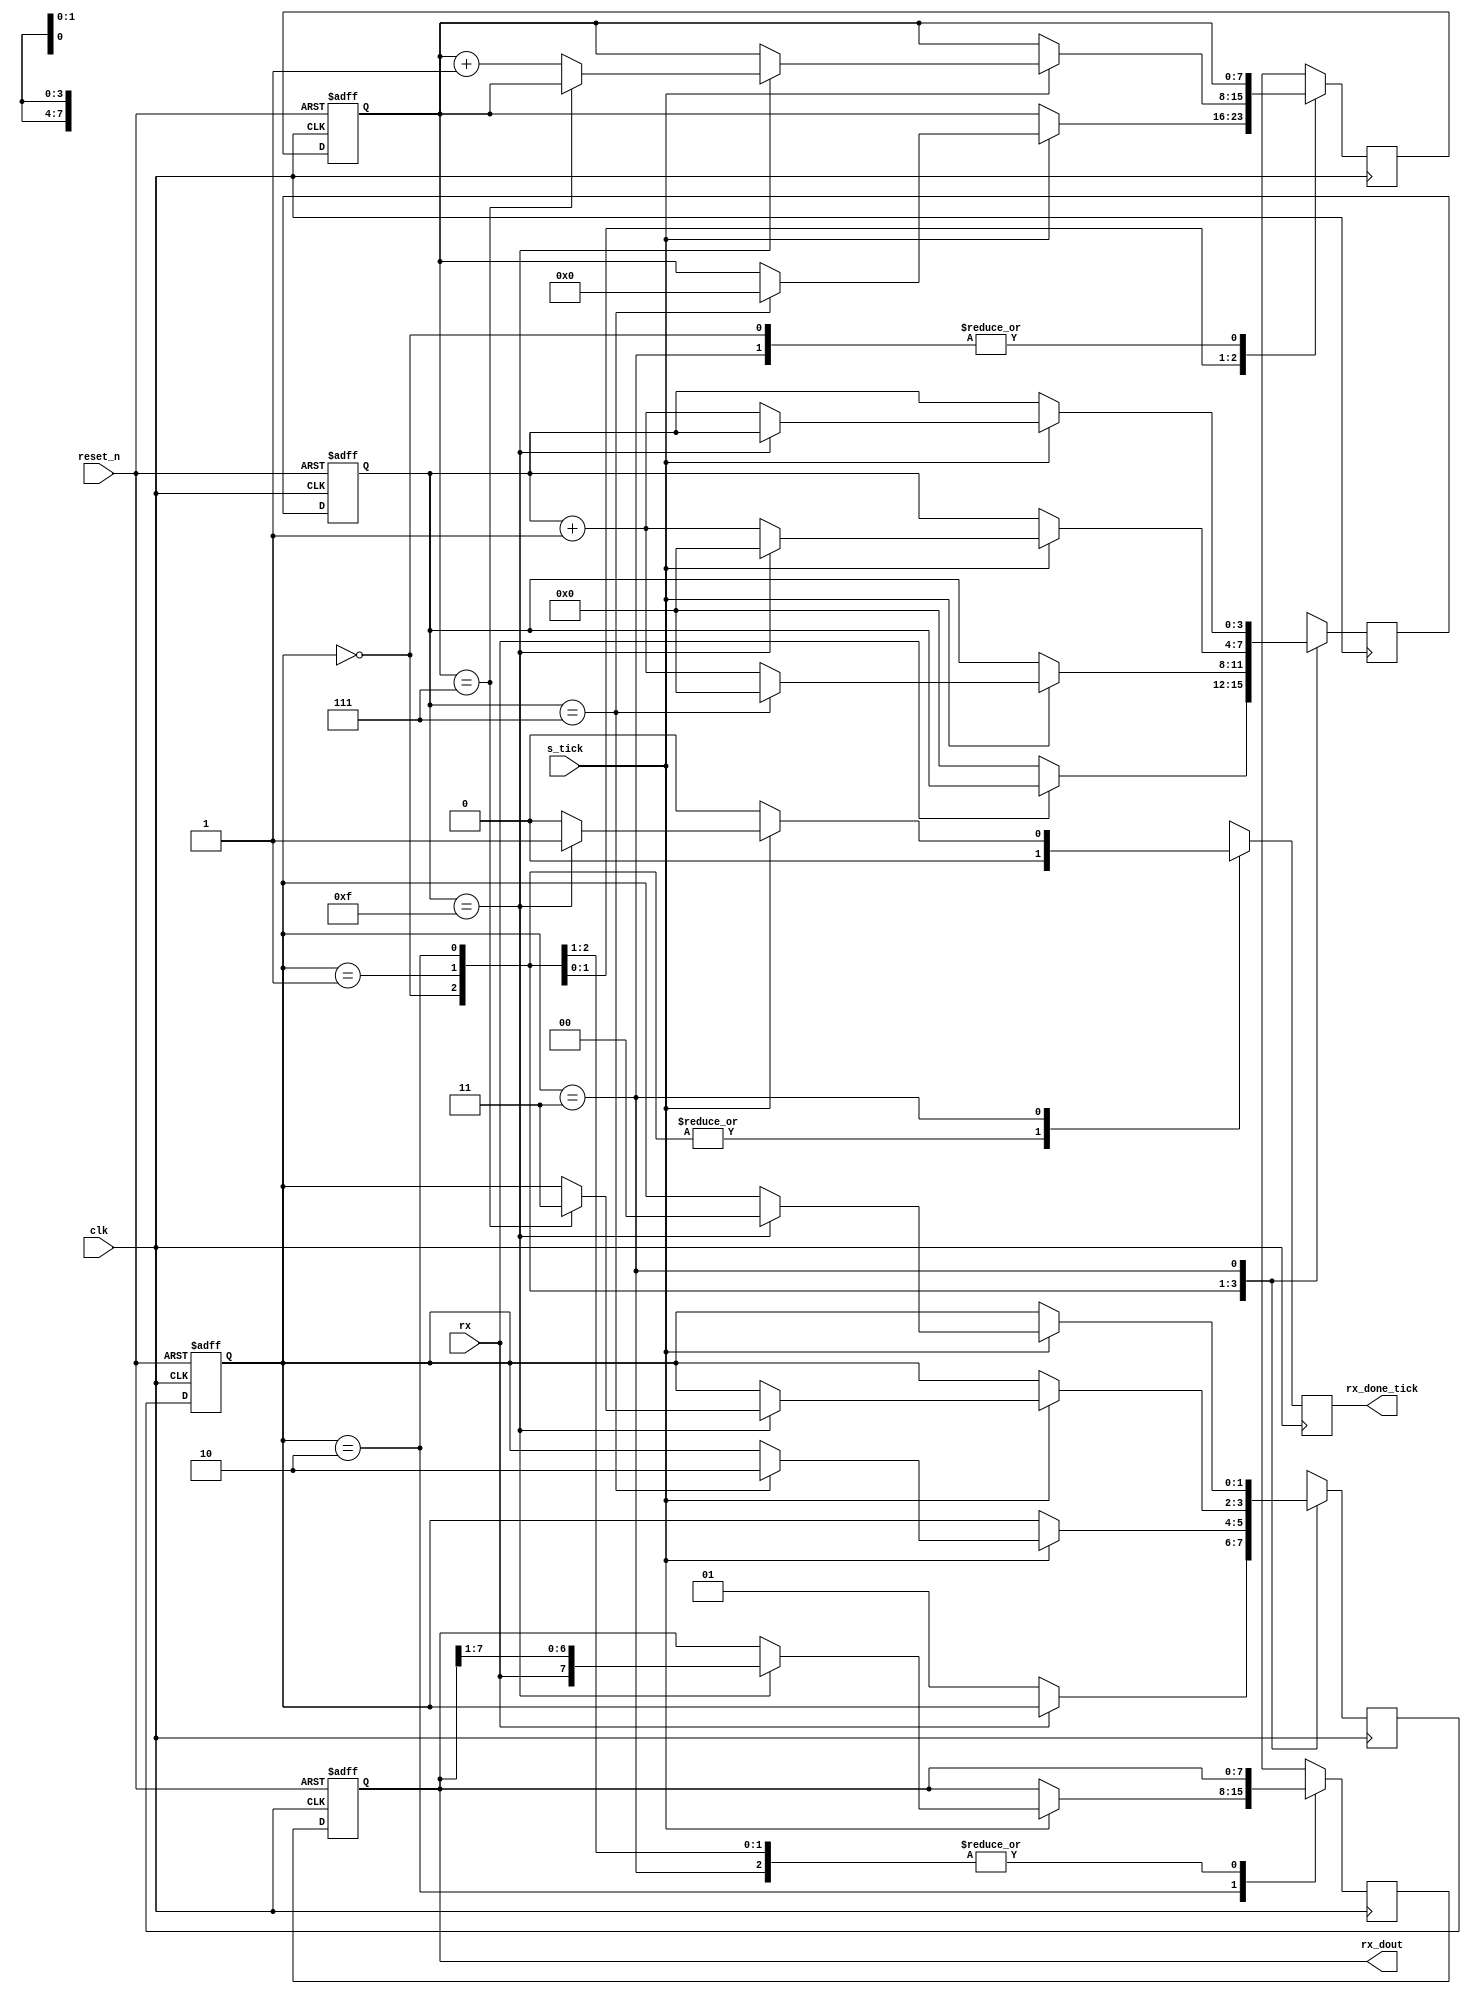
`timescale 1ns / 1ps
//////////////////////////////////////////////////////////////////////////////////
// Company: 
// Engineer: 
// 
// Design Name: 
// Module Name:    uart_rx 
// Project Name: 
// Target Devices: 
// Tool versions: 
// Description: 
//
// Dependencies: 
//
// Revision: 
// Revision 0.01 - File Created
// Additional Comments: 
//
//////////////////////////////////////////////////////////////////////////////////
`timescale 1ns / 1ps
`define BITWIDTH 8
`define SB_TICK 16

module uart_rx(
input clk, reset_n,
input rx, s_tick,
output reg rx_done_tick,
output [`BITWIDTH-1:0] rx_dout
);
    
localparam  idle = 0, start = 1,data = 2, stop = 3;
                
reg [1:0] state_reg, state_next;
reg [3:0] s_reg;
reg [3:0] s_next;                // keep track of the baud rate ticks
reg [`BITWIDTH-1:0] n_reg;
reg [`BITWIDTH-1:0] n_next; // keep track of the number of data bits recieved
reg [`BITWIDTH-1:0] b_reg, b_next;         // stores the recieved data bits
    
    
always @(posedge clk, negedge reset_n)
begin
 if(~reset_n)
 begin
  state_reg <= idle;
  s_reg = 1'b0;
  n_reg = 1'b0;
  b_reg = 1'b0;
  end
else
 begin
  state_reg <= state_next;
  s_reg = s_next;
  n_reg = n_next;
  b_reg = b_next;
  end
end
    
    // Next state logic
always @(negedge clk)
 begin
  state_next = state_reg;
  s_next = s_reg;
  n_next = n_reg;
  b_next = b_reg;
  rx_done_tick = 1'b0;
 case(state_reg)
  idle:                
    if (~rx)
    begin
     s_next = 1'b0;
     state_next = start;                        
    end                 
 start:                
  if (s_tick)
   if (s_reg == 7)
   begin
    s_next = 1'b0;
    n_next = 1'b0;
    state_next = data;
   end
   else                        
   s_next = s_reg + 1'b1;
	
 data:
  if (s_tick )
  if(s_reg == 15)
   begin
    s_next = 0;
    b_next = {rx, b_reg[`BITWIDTH-1:1]}; // Right shift
  if (n_reg == (`BITWIDTH-1))
   state_next = stop;
  else
   n_next = n_reg + 1'b1;
  end
  else
   s_next = s_reg + 1'b1;
	
stop:
  if (s_tick)
	  if(s_reg == (`SB_TICK - 1))
    begin
     rx_done_tick = 1'b1;
     state_next = idle;
    end
    else
     s_next = s_reg + 1'b1;
 default:
   state_next = idle;
 endcase
end
       
 assign rx_dout = b_reg;
 
endmodule